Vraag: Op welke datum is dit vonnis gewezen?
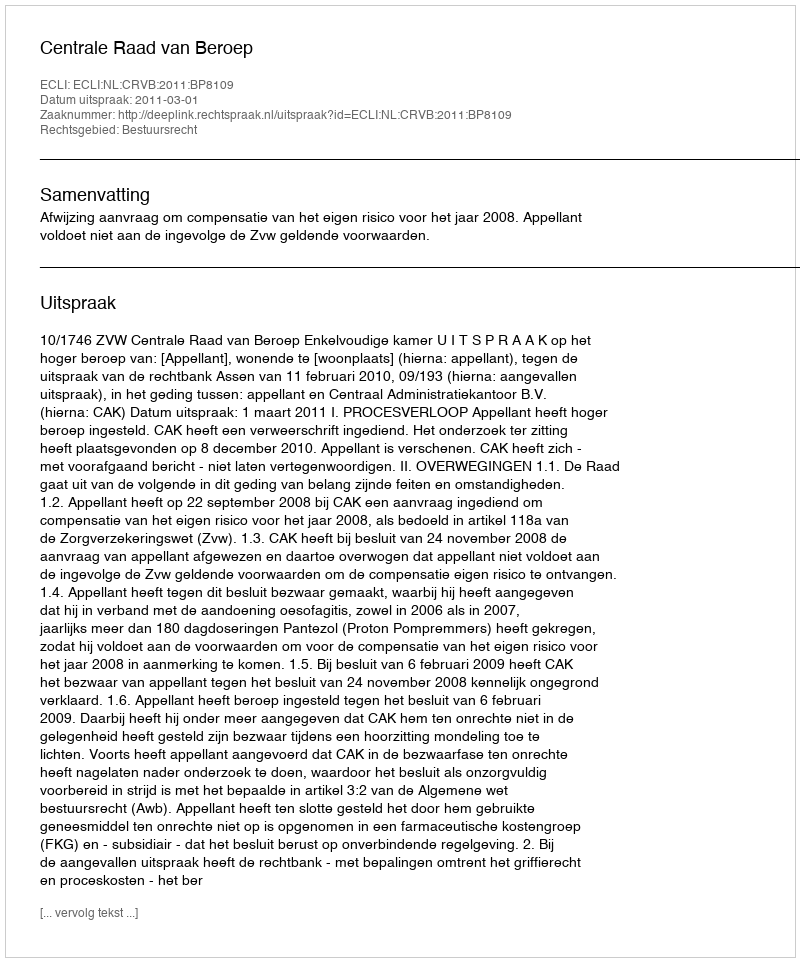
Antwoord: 2011-03-01